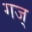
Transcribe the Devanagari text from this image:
गज्